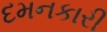
દમનકારી